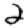
Digit: 2